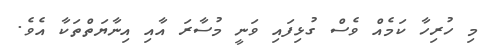
މި ހުރިހާ ކަމެއް ވެސް ގުޅިފައި ވަނީ މުސާރަ އާއި އިނާޔަތްތަކާ އެވެ.